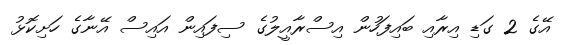
އޭގެ 2 ގަޑި އިރާއި ބައިފަހުން އިސްރާއީލުގެ ސިފައިން އައިސް އޭނާގެ ހަށިކޮޅު